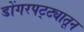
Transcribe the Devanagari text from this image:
डोंगरपट्ट्यातून